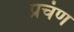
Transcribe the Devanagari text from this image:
प्रचंण